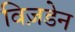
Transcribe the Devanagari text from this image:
विज़डेन